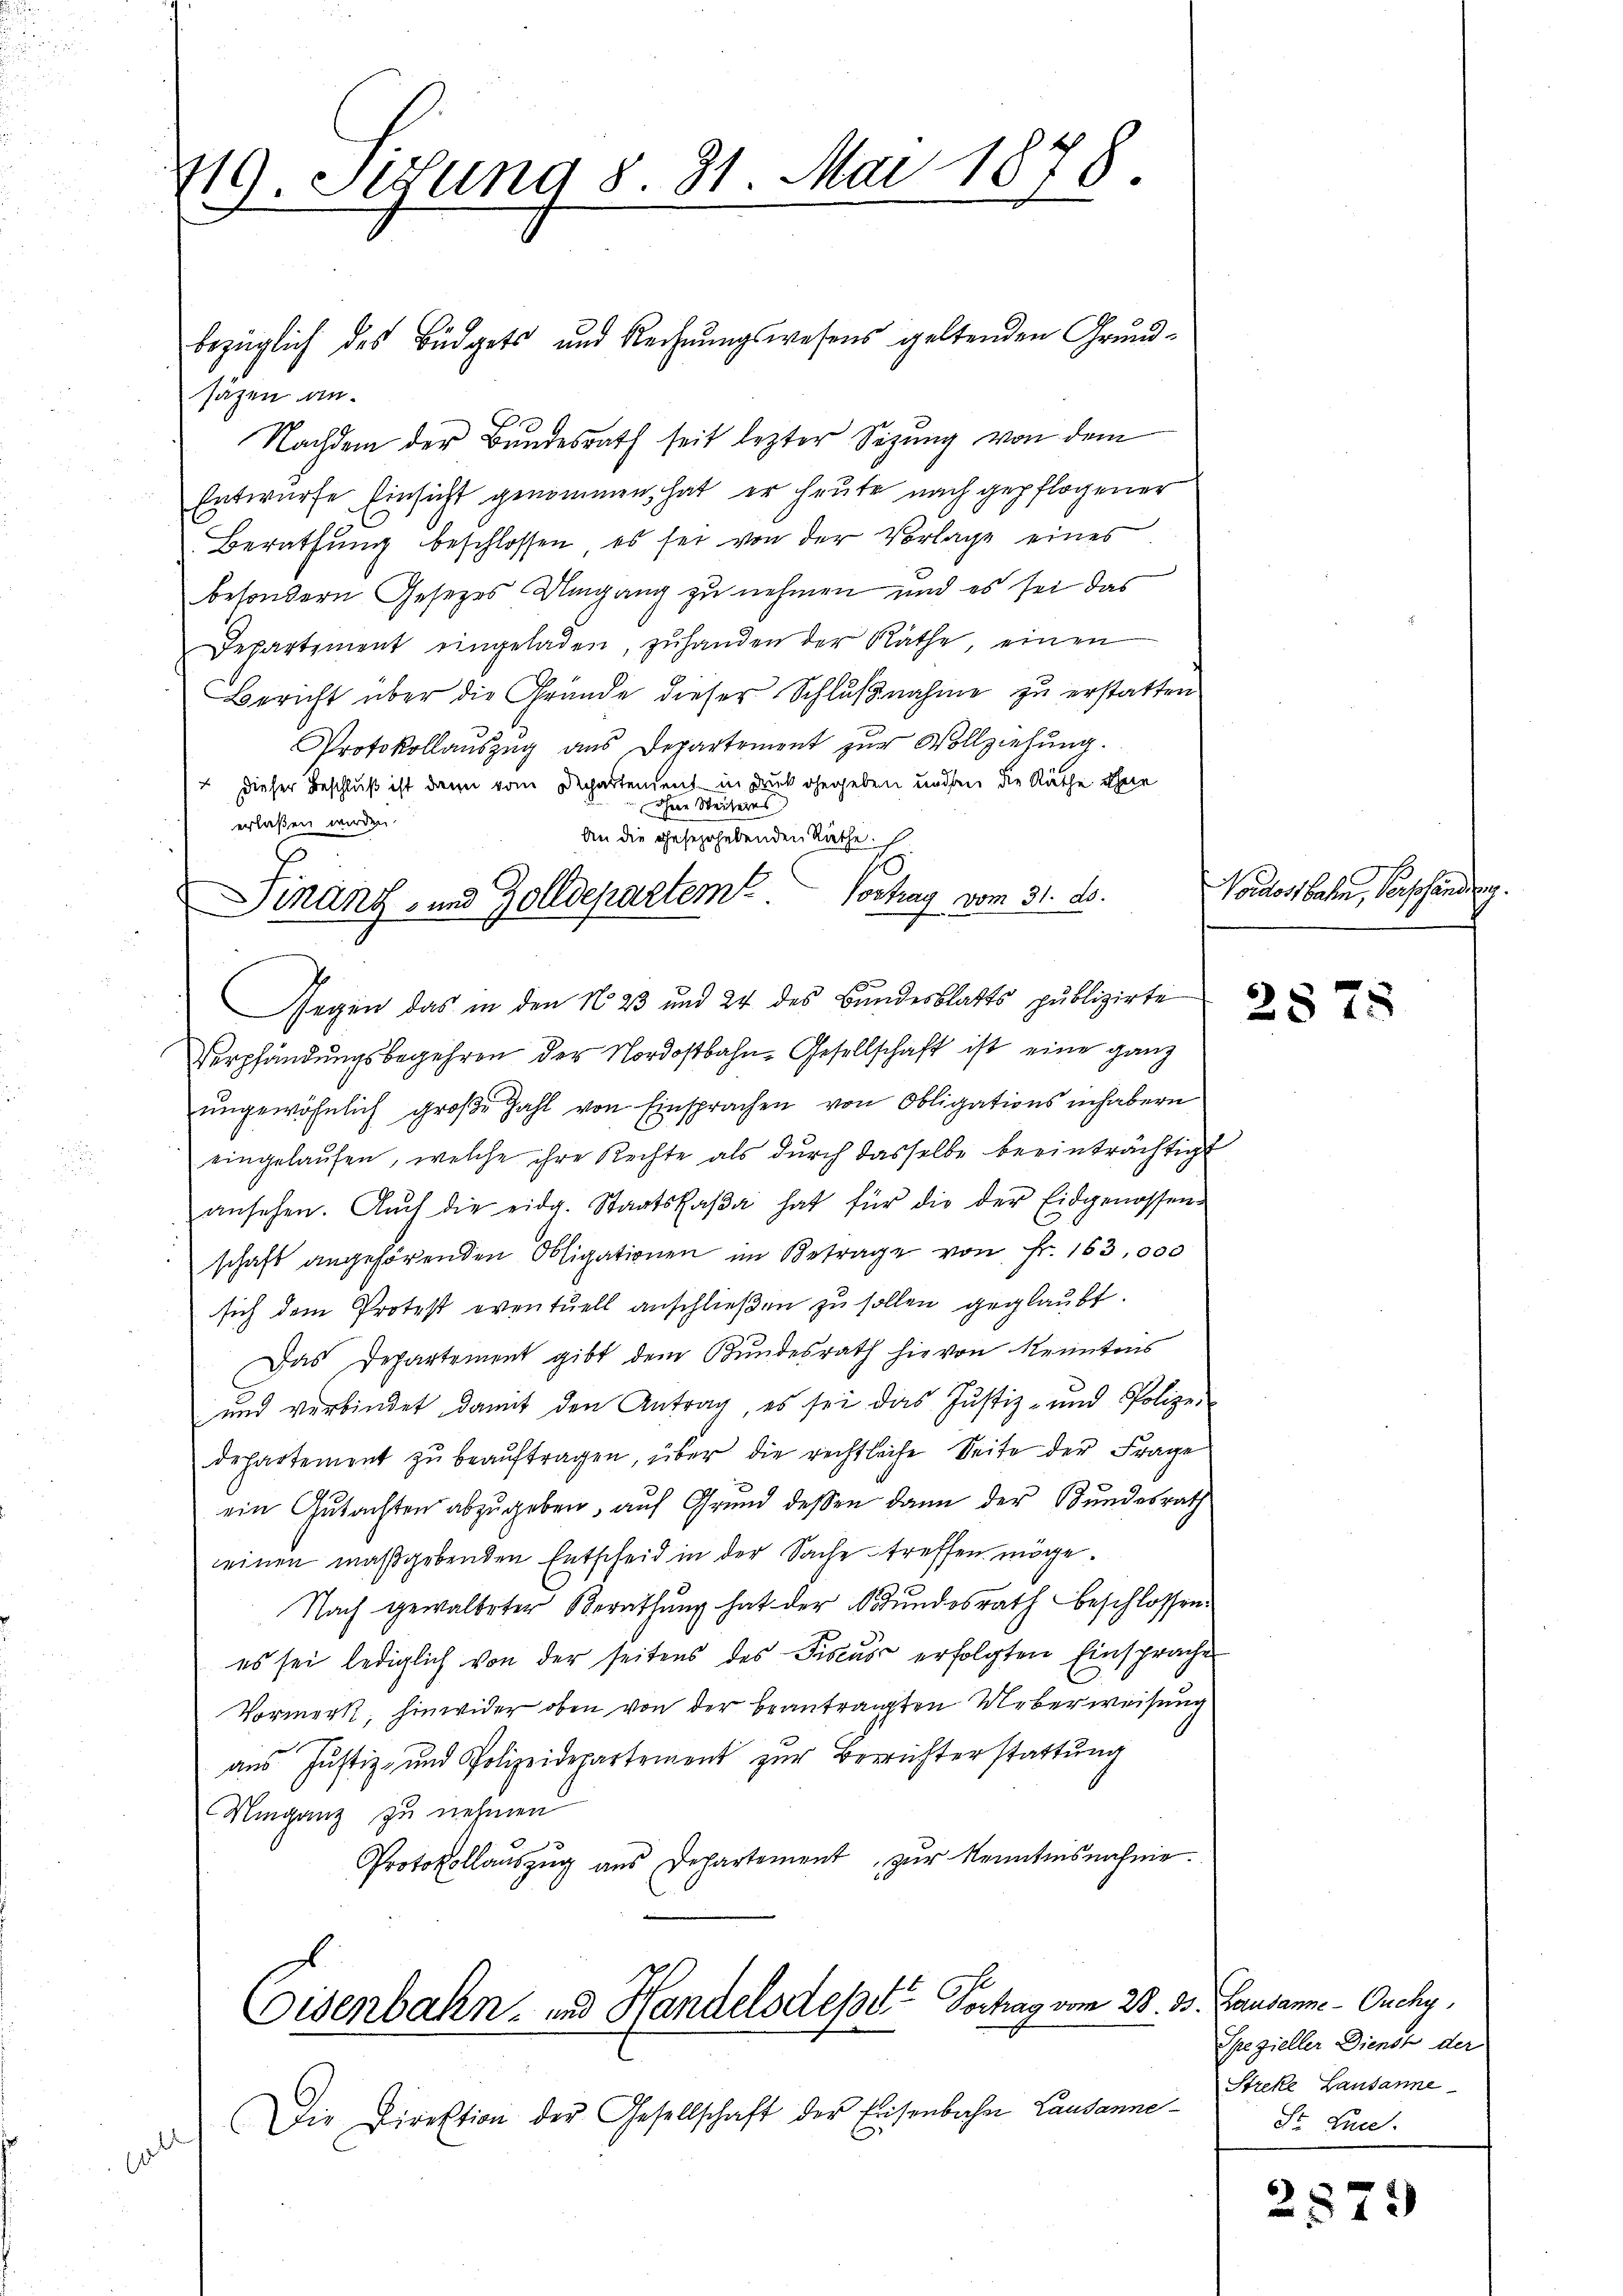
o

419. Sedung 8. 31. Mai 1878.

säzen an.
Nachdem der Bundesrath seit lezter Sizung von dem
Entwurfe Einsicht genommen, hat, er heute nach gepflogener
Berathŭng beschlossen, es sei von der Vorlage eines
besondern Gesetzes Umgang zu nehmen und es sei das
Departement eingeladen, zŭhanden der Räthe, einen
Bericht über die Gründe dieser Schlŭβnahme zu erstatten.
Protokollauszug aus Departement zur Vollziehung.
/ dieser Beschluß ist dann vom Departement in Druck gegeben und den die Räthe ohne
 ihnen Weiteres
erlassen werden.
1
Gegen das in den No 23 und 24 des Bundesblatts publizirte
Verpfändungsbegehren der Nordostbahn-Gesellschaft ist eine ganz
ungewöhnlich große Zahl von Einsprachen von Obligationsinhabern
eingelaŭfen, welche ihre Rechte als durch dasselbe beeinträchtigt
ansehen. Aŭch die eidg. Staatskaβa hat für die der Eidgenossen-
schaft angehörenden Obligationen im Betrage von Fr. 163,000
sich dem Protest eventuell anschließen zu sollen geglaubt.
Das Departement gibt dem Bundesrath hievon kenntens
und verbindet damit den Antrag, es sei das Justiz- und Polize-
departement zu beauftragen, über die rechtliche Seite der Frage
ein Gutachten abzugeben, auf Grund dessen dann der Bundesrath
einen maßgebenden Entscheid in der Sache treffen möge.
Nach gewalteter Berathung hat der Bundesrath beschlossen.
es sei lediglich von der seitens des Fiscus erfolgten Einsprache
Vormerkt, hinwider oben von der beantragten Ueberweisung
aus Justiz- und Polizeidepartement zur Berichterstattung
Minganz zu nehmen
d
Protokollauszug aus Departement zŭr Kenntnisnahme.

bezüglich des Büdgets und Rechnungswesens geltenden Grund¬

An die geseerhebenden Räthe.
Finanz- und Zolldepartem Vortrag vom 31. ds.

Eisenbahn- und Handelsdeper Verhag vom 28. d.

Die Direktion der Gesellschaft der Eisenbahn Lausanne¬

Nordostbahn, Verpfändung

2875

1. Lausanne - Ouchy,
Spezieller Dienst der
Streke Lausanne
St. Luce.

2873